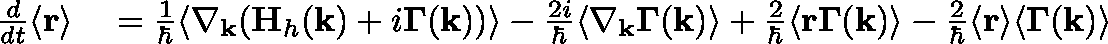
\begin{array} { r l } { \frac { d } { d t } \langle \mathbf { r } \rangle } & { { } = \frac { 1 } { \hbar } \langle \nabla _ { \mathbf { k } } ( \mathbf { H } _ { h } ( \mathbf { k } ) + i \mathbf { \Gamma } ( \mathbf { k } ) ) \rangle - \frac { 2 i } { \hbar } \langle \nabla _ { \mathbf { k } } \mathbf { \Gamma } ( \mathbf { k } ) \rangle + \frac { 2 } { \hbar } \langle \mathbf { r } \mathbf { \Gamma } ( \mathbf { k } ) \rangle - \frac { 2 } { \hbar } \langle \mathbf { r } \rangle \langle \mathbf { \Gamma } ( \mathbf { k } ) \rangle } \end{array}